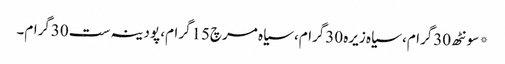
* سونٹھ 30گرام، سیاہ زیرہ 30گرام، سیاہ مرچ15گرام، پودینہ ست 30گرام۔